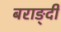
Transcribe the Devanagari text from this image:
बराङ्दी